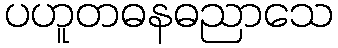
ပဟူတဓနဓညာသေ